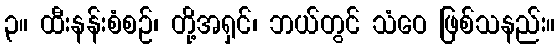
၃။ ထီးနန်းစံစဉ်၊ တို့အရှင်၊ ဘယ်တွင် သံဝေ ဖြစ်သနည်း။